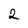
Character: 2